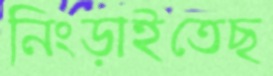
নিংড়াইতেছ